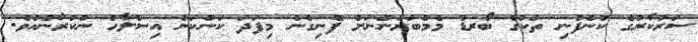
ސަރުކާރުގެ ކުންފުނި ތަކުގެ ބޯރޑް މެމްބަރުންނަށް ފެނިގެން މިފަދަ ކަންކަން އިސްލާހު ނުކުރާނެއެވެ.